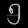
Digit: ၅